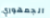
الجمهوري